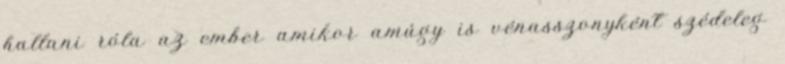
hallani róla az ember amikor amúgy is vénasszonyként szédeleg